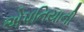
એપનિયાની